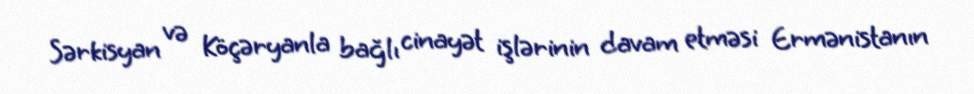
Sərkisyan və Köçəryanla bağlı cinayət işlərinin davam etməsi Ermənistanın